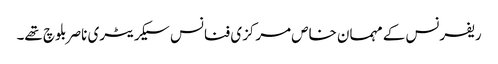
ریفرنس کے مہمان خاص مرکزی فنانس سیکریٹری ناصر بلوچ تھے۔